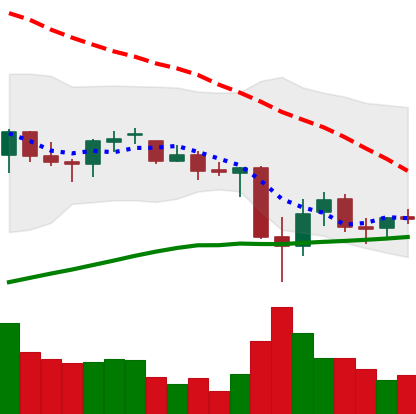
Ticker: BNB-USD
Chart end date: 2021-06-28
Forward return: 3.006%
Label: up_3_5